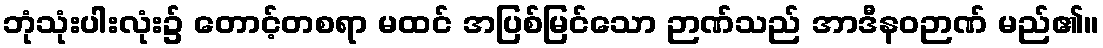
ဘုံသုံးပါးလုံး၌ တောင့်တစရာ မထင် အပြစ်မြင်သော ဉာဏ်သည် အာဒီနဝဉာဏ် မည်၏။